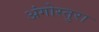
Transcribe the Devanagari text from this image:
अंगोस्तुरा